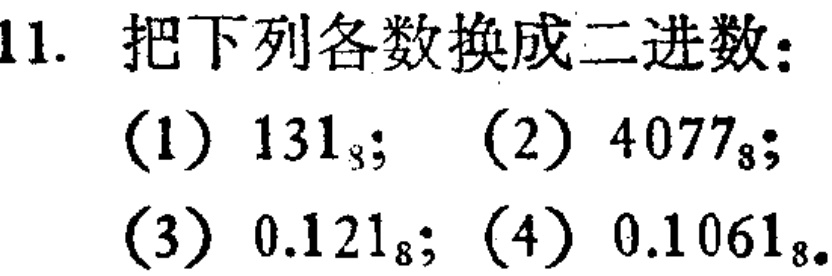
11. 把下列各数换成二进数：

(1) \(131_{8}\); (2) \(4077_{8}\);

(3) \(0.121_{8}\); (4) \(0.1061_{8}\).